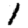
Digit: 1